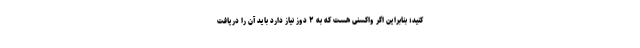
کنید؛ بنابراین اگر واکسنی هست که به ۲ دوز نیاز دارد باید آن را دریافت